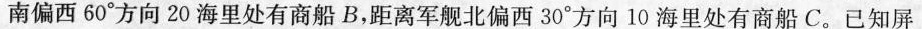
南偏西60°方向20海里处有商船B，距离军舰北偏西30°方向10海里处有商船C。已知屏